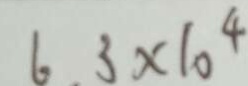
6 . 3 \times 1 0 ^ { 4 }